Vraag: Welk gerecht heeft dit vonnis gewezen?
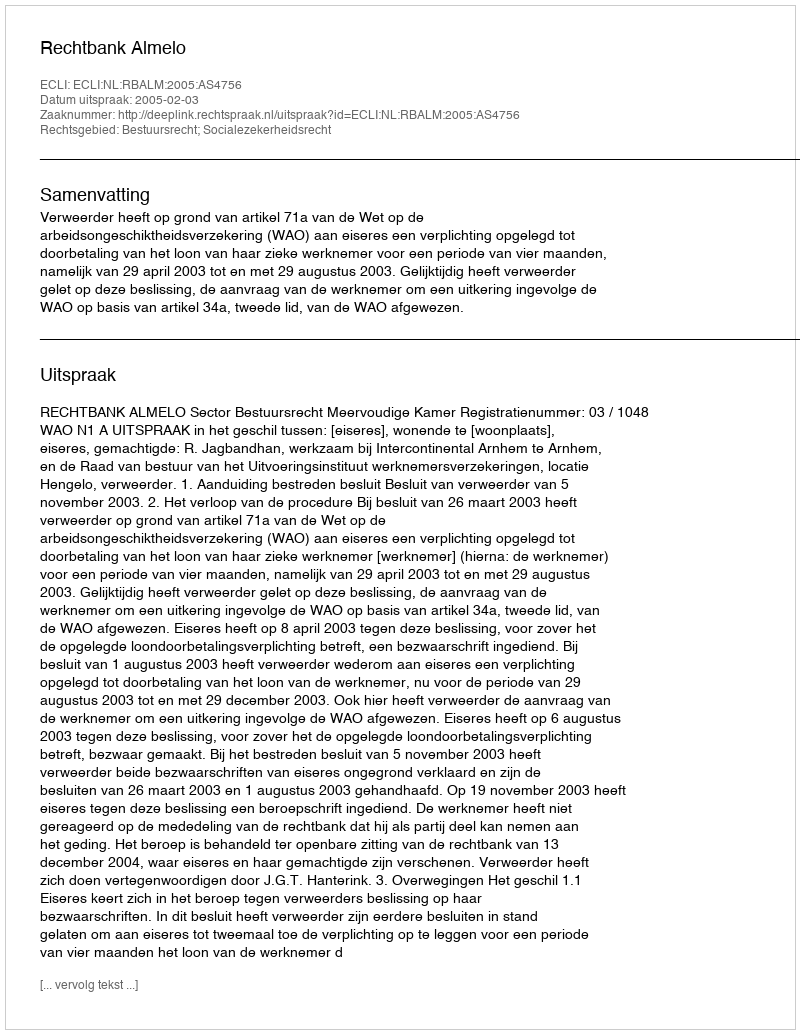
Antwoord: Rechtbank Almelo